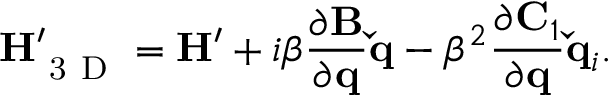
\mathbf { H } _ { \mathrm { ~ 3 ~ D ~ } } ^ { \prime } = \mathbf { H } ^ { \prime } + i \beta \frac { \partial \mathbf { B } } { \partial \mathbf { q } } \mathbf { \check { q } } - \beta ^ { 2 } \frac { \partial \mathbf { C } _ { 1 } } { \partial \mathbf { q } } \mathbf { \check { q } } _ { i } .